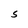
Character: S